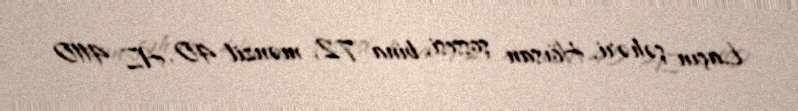
Laçın şəhəri, Hövsan şossesi, bina 72, mənzil 40, AZ 4110